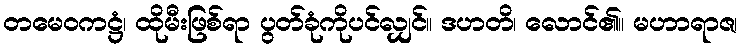
တမေဝကဋ္ဌံ၊ ထိုမီးဖြစ်ရာ ပွတ်ခုံကိုပင်လျှင်။ ဒဟတိ၊ လောင်၏။ မဟာရာဇ၊